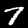
Label: 7